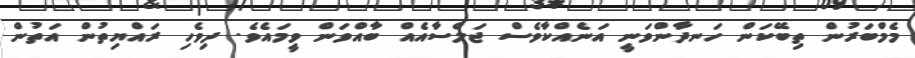
މެމްބަރުން ތިބޭކަން ހަނދާންވަނީ އަނެއްކާވެސް ޖަލްސާއެއް ބާއްވަން ވީމައެވެ. ދިވެހި ރައްޔިތުން އަތުން